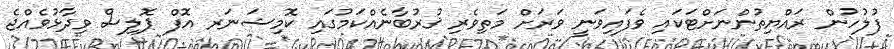
ފުލުހުން ރައްޔިތުންނަށްޓަކައި ވެފައިވަނީ ވަރަށް މަތިވެރި ޤުރުބާނެއްކަމުގައި ކޮމިޝަނަރ އޮފް ޕޮލިސް ވިދާޅުވެއްޖެ